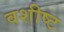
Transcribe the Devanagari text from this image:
वशीष्ट